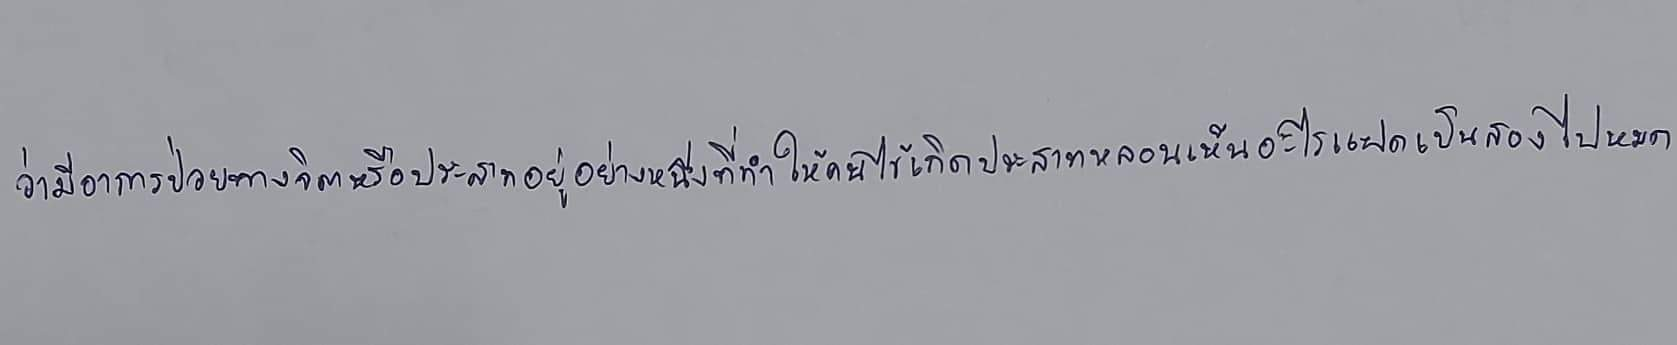
ว่ามีอาการป่วยทางจิตหรือประสาทอยู่อย่างหนึ่งที่ทำให้คนไข้เกิดประสาทหลอนเห็นอะไรแฝดเป็นสองไปหมด